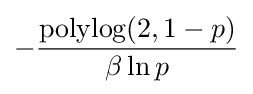
-{\frac {{\text{polylog}}(2,1-p)}{\beta \ln p}}